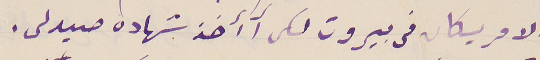
الامريكان فى بيروت لكى آآخذ شهاده صيدلى.